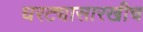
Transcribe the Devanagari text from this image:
घरट्यासारखीच